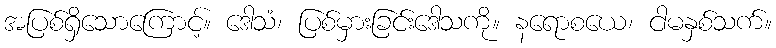
အပြစ်ရှိသောကြောင့်။ ဒေါသံ၊ ပြစ်မှားခြင်းဒေါသကို။ နရောစယေ၊ ငါမနှစ်သက်။